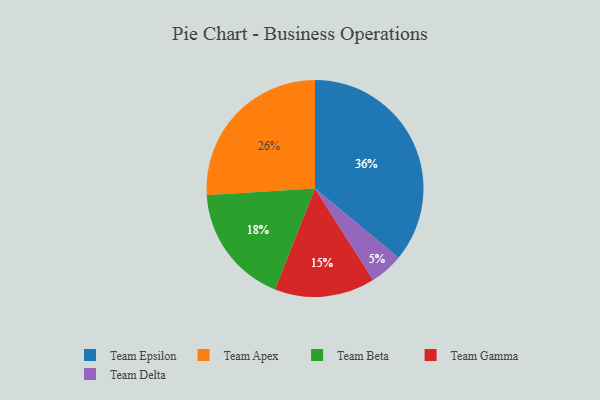
{"axis": {"x": "Category", "y": "Percentage"}, "legend": ["Team Apex", "Team Beta", "Team Delta", "Team Epsilon", "Team Gamma"], "data": [{"x": "Team Beta", "y": 18, "type": "Team Beta"}, {"x": "Team Gamma", "y": 15, "type": "Team Gamma"}, {"x": "Team Epsilon", "y": 36, "type": "Team Epsilon"}, {"x": "Team Apex", "y": 26, "type": "Team Apex"}, {"x": "Team Delta", "y": 5, "type": "Team Delta"}]}